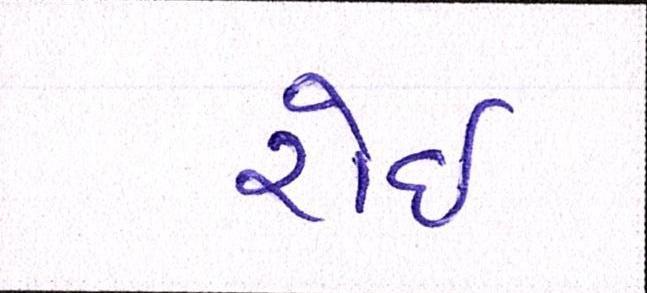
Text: રોઇ